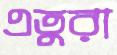
এতুরা